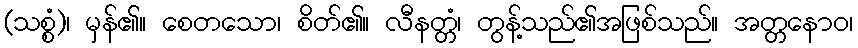
(သစ္စံ)၊ မှန်၏။ စေတသော၊ စိတ်၏။ လီနတ္တံ၊ တွန့်သည်၏အဖြစ်သည်။ အတ္တနောဝ၊